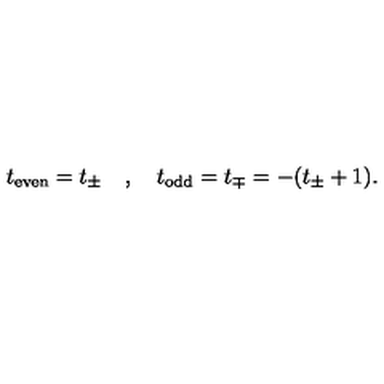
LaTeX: t _ { \mathrm { e v e n } } = t _ { \pm } \quad , \quad t _ { \mathrm { o d d } } = t _ { \mp } = - ( t _ { \pm } + 1 ) .